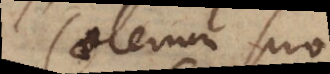
Caeterum suo